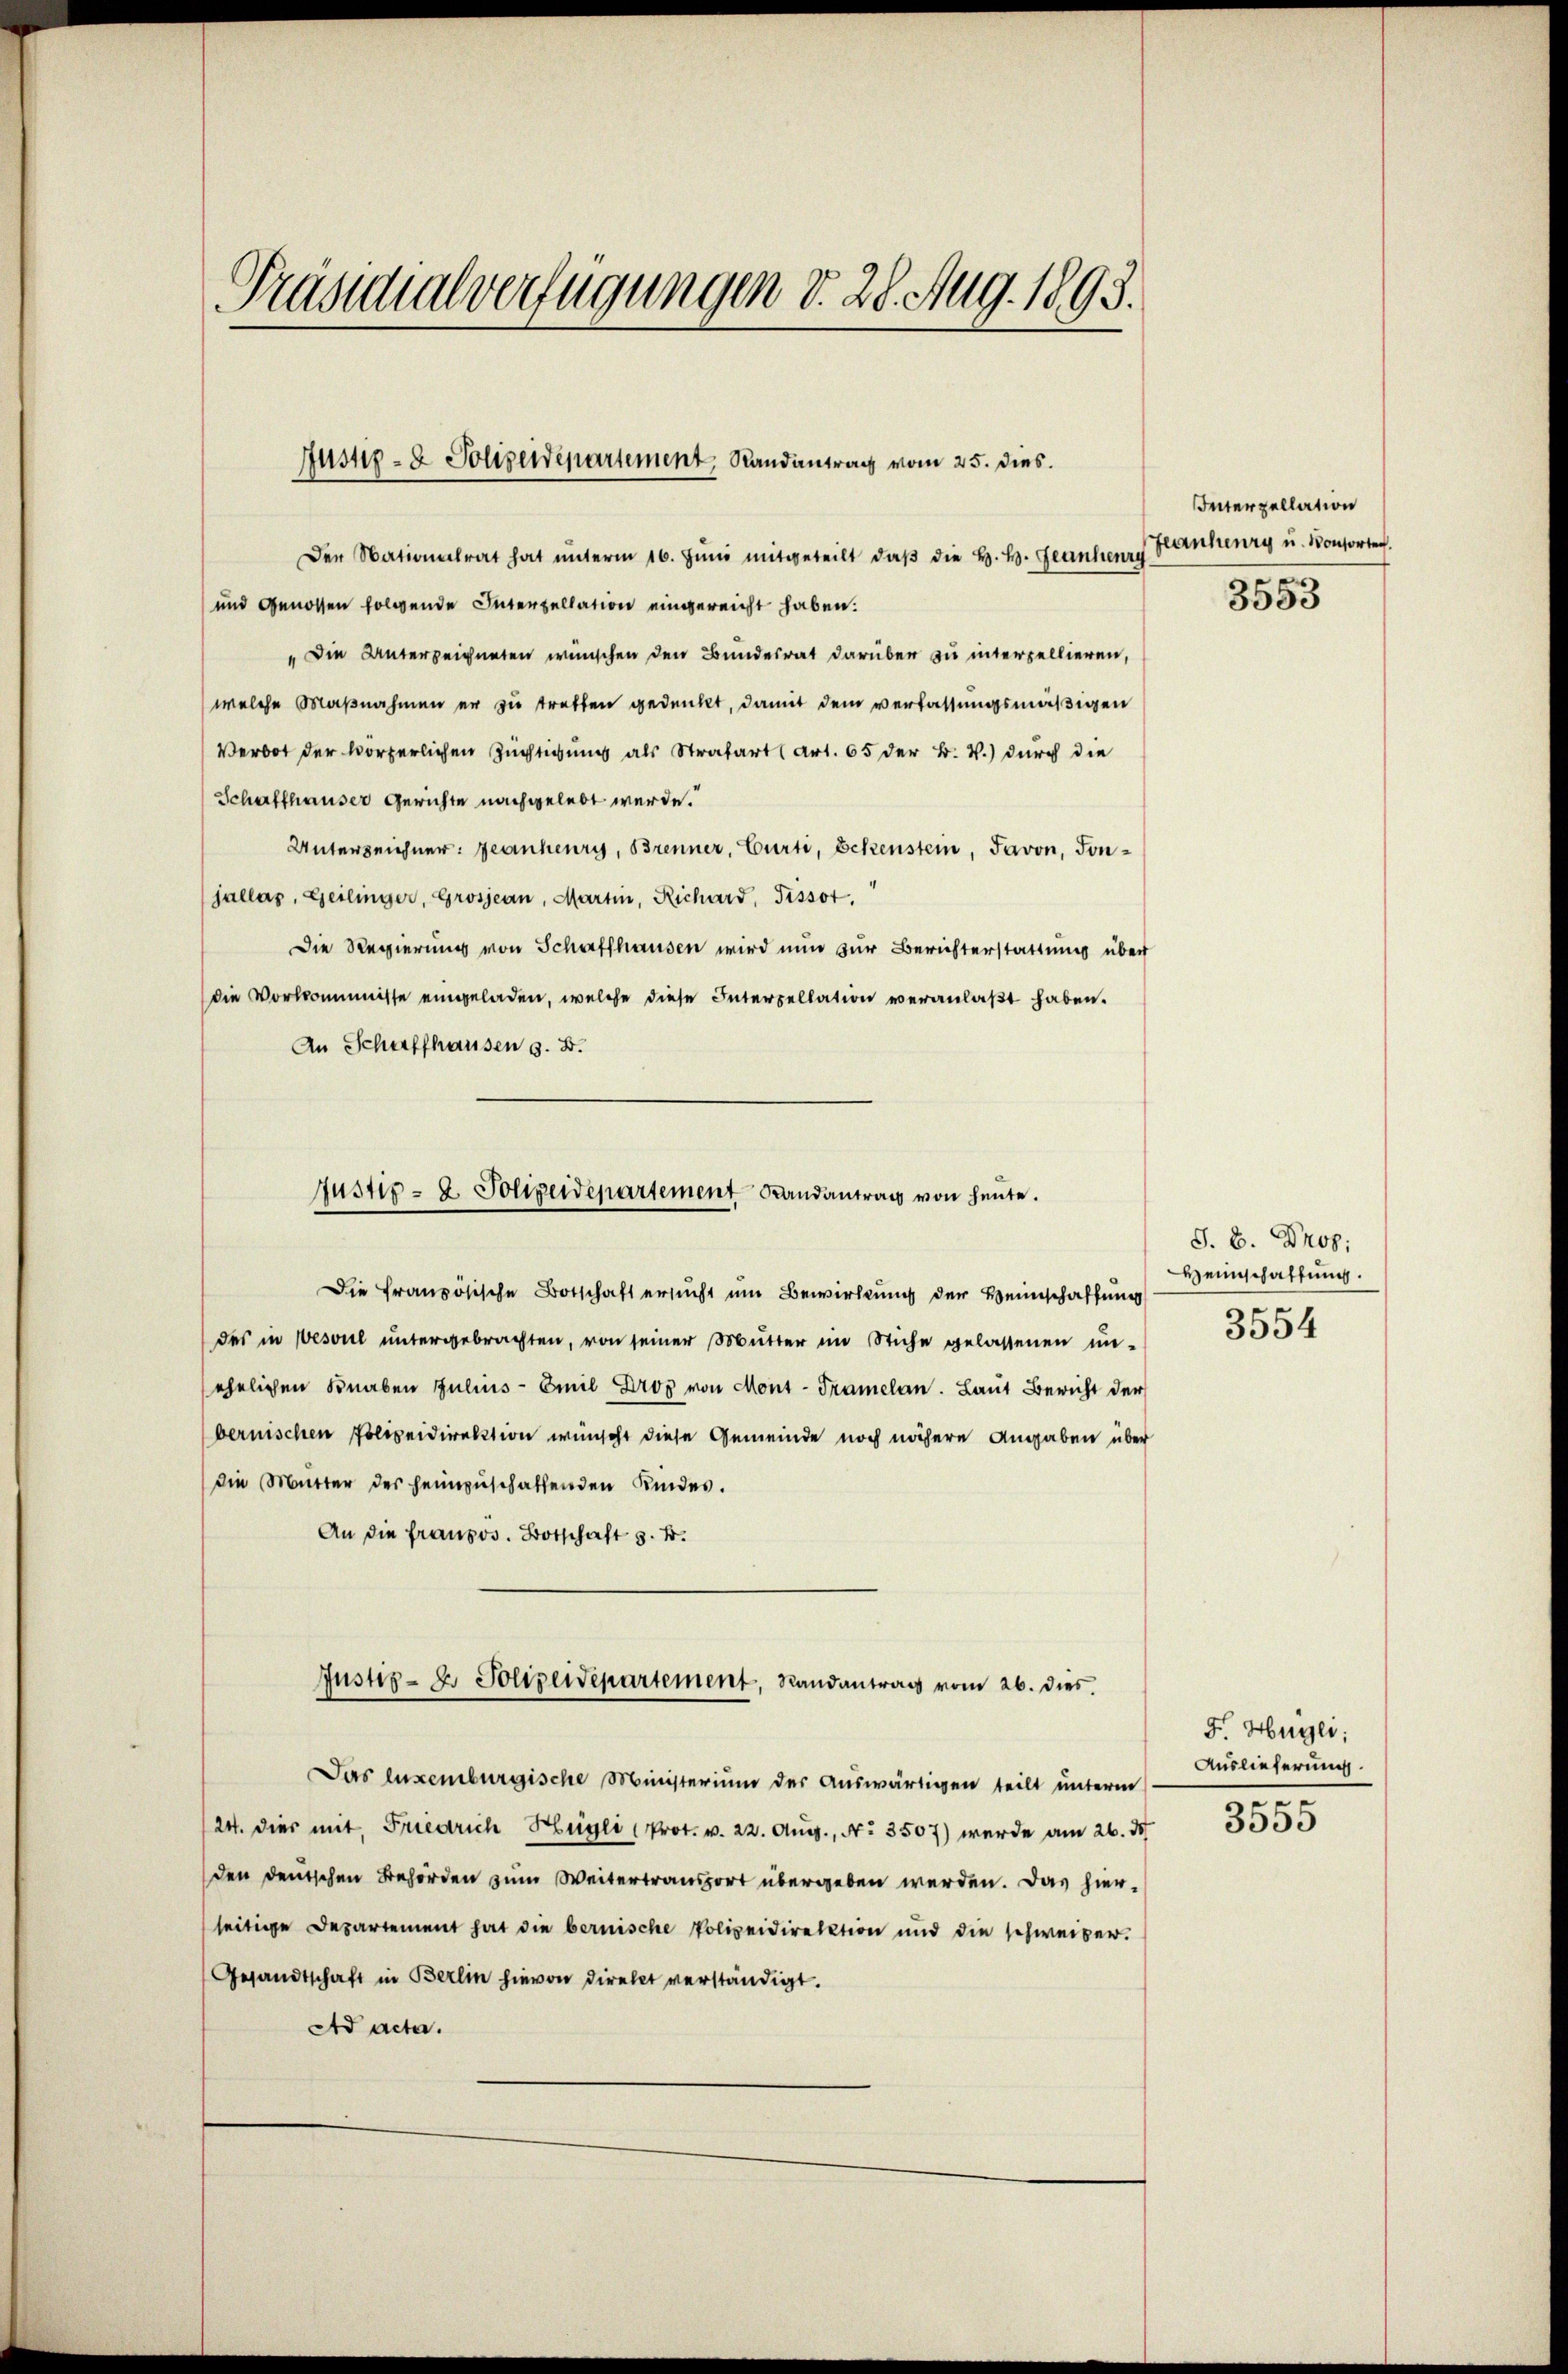
.
Präsidialverfügungen d. 28. Aug. 1893.

Justiz- & Polizeidepartement, Randantrag vom 25. dies.

Den Nationalrat hat unterm 16. Jŭni mitgeteilt, daβ die H. H. Geanherrs
und genossen folgende Intenzellation eingereicht haben.
"Die Unterzeichneten wünschen den Bundesrat darüber zu interzellieren,
(welche Maßnahmen er zu treffen gedenkt, damit dem verfassungsmäßigen
Verbot der vorgerlichen Züchtigung als Strafart (Art. 65 der B. W.) durch die
Schaffhauser Gerichte nachgelebt werde.
Unterzeichner: Geanheury, Brenner, Curti, Schenstein, Javon, sonjallas, Geilinger, Grosjean, Martin, Richard, Tissot,
Die Regierung von Schaffhausen wird nun zur Berichterstattung über
die Vorkommnisse eingeladen, welche diese Interpellation veranlaßt haben.
An Schiffhausen z. B.
Die französische Botschaft ersucht um Bewirkung der Heimschaffung
des in Wesoul ŭntergebrachten, von seiner Mŭtter im Stiche gelassenen ŭn-
ehelichen Knaben Julius-Emil Drog von Mont-Tramelan. Laut Bericht der
bernischen Polizeidirektion wünscht diese Gemeinde noch nähere Angaben über
die Mutter des heimzuschaffenden Kindes.
An die französ. Botschaft z. B.
Justiz- & Polizeidepartement, Randantrag vom 26. dies.
Jas luxenburgische Ministerium der Auswärtigen teilt unterm
24. dies mit, Friedrich Hügli (Prot. v. 22. Aug., No 3507) wurde am 26. d.
den deutschen Behörden zum Weitertransport übergeben werden. Das hier-
seitige Departement hat die bernische Polizeidirektion und die schweizer.
Gesandtschaft in Berlin hievon direkt verständigt.
Ad acta.

Justiz- & Polizeidepartement Landantrag von heute.

Interzellation
lanheurg u. Konsorten.

3553

S. B. Prof.
Heimschaffung.
3554

F. Hügli;
Auslieferung.
.

3555